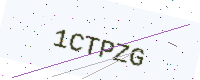
Text: 1CTPZG